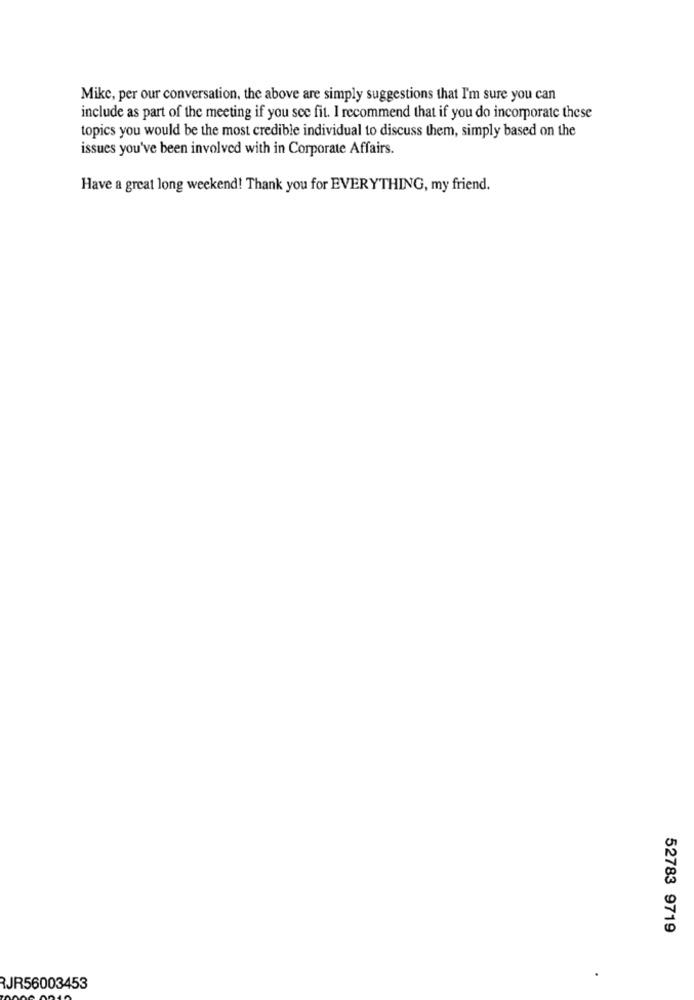
Mike, per our conversation, the above are simply suggestions that I'm sure you can
include as part of the meeting if you see fit. I recommend that if you do incorporate these
topics you would be the most credible individual to discuss them, simply based on the
issues you've been involved with in Corporate Affairs.
Have a great long weekend! Thank you for EVERYTHING, my friend.
52783 9719
RJR56003453